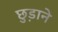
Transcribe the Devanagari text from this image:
छ़ुडाने